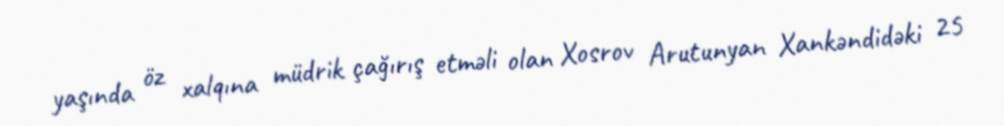
yaşında öz xalqına müdrik çağırış etməli olan Xosrov Arutunyan Xankəndidəki 25